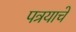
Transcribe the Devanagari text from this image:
पत्रयाचे